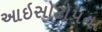
આઇસોટોપના